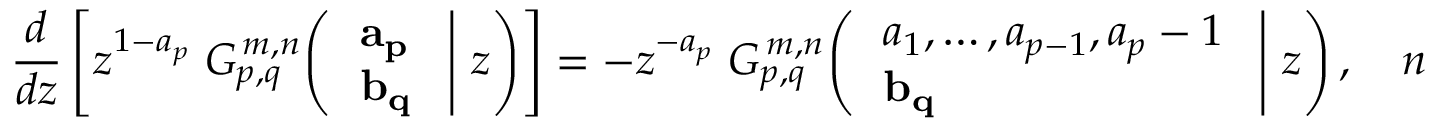
{ \frac { d } { d z } } \left[ z ^ { 1 - a _ { p } } \; G _ { p , q } ^ { \, m , n } \! \left( \left. { \begin{array} { l } { \mathbf { a _ { p } } } \\ { \mathbf { b _ { q } } } \end{array} } \; \right| \, z \right) \right] = - z ^ { - a _ { p } } \; G _ { p , q } ^ { \, m , n } \! \left( \left. { \begin{array} { l } { a _ { 1 } , \dots , a _ { p - 1 } , a _ { p } - 1 } \\ { \mathbf { b _ { q } } } \end{array} } \; \right| \, z \right) , \quad n